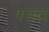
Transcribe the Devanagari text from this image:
पसव